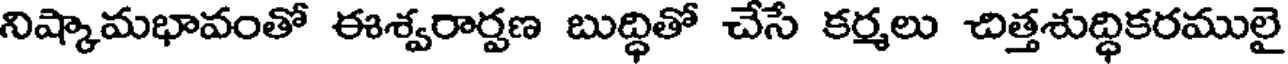
నిష్కామభావంతో ఈశ్వరార్షణ బుద్ధితో చేసే కర్మలు చిత్తశుద్ధికరములై